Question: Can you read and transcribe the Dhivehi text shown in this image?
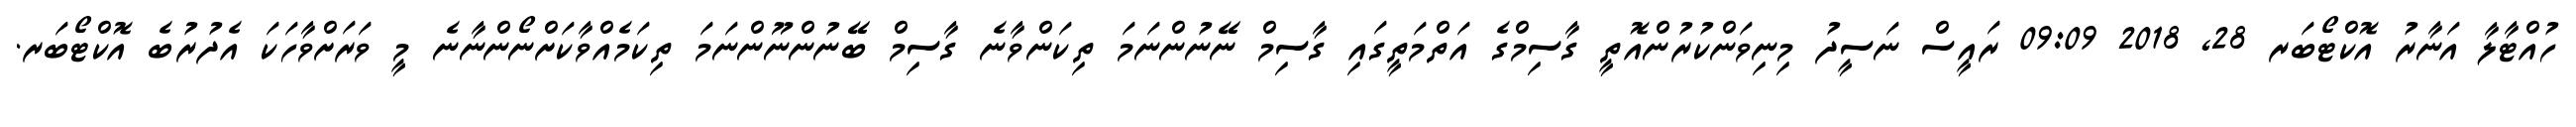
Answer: ހުއްޓާލާ އަނާރު އޮކްޓޯބަރ 28, 2018 09:09 ރައީސް ނަސީދު މިނިވަންކުރުންއޮތީ ގާސިމްގެ އަތްމަތީގައި ގާސިމް ނޭނުންނަމަ ތިކަންވާނެ ގާސިމް ބޭނުންނޫންނަމަ ތިކަމެއްވާކަށްނޯންނާނެ މީ ވަރަށްވާހަކަ އެދުރުބެ އޮކްޓޯބަރ.